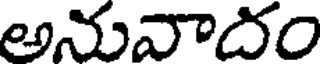
అనువాదం